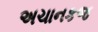
અચાનકજ